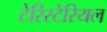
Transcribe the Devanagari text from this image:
टेरिस्टेरियल